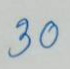
30